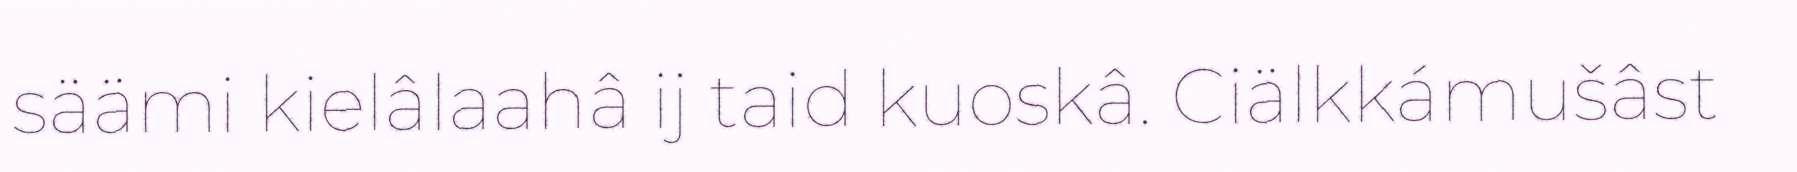
säämi kielâlaahâ ij taid kuoskâ. Ciälkkámušâst